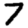
Digit: 7